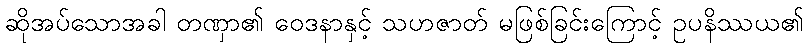
ဆိုအပ်သောအခါ တဏှာ၏ ဝေဒနာနှင့် သဟဇာတ် မဖြစ်ခြင်းကြောင့် ဥပနိဿယ၏